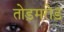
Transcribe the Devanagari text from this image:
तोड़मरोड़